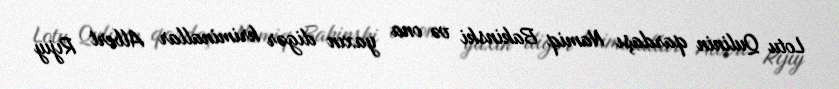
Lotu Qulinin qardaşı Namiq Bakinski və ona yaxın digər kriminallar Albert Rıjıy